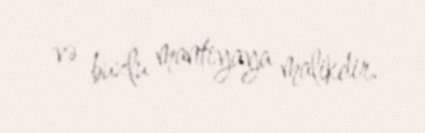
və buzlu mantiyaya malikdir.